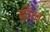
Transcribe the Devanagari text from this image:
होंल